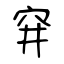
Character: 穽